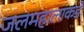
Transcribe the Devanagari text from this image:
जलमहालाकडे